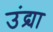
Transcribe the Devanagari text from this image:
उंद्र्या